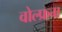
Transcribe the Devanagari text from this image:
वोल्फ्रम